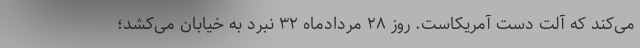
می‌کند که آلت دست آمریکاست. روز ۲۸ مردادماه ۳۲ نبرد به خیابان می‌کشد؛